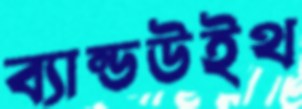
ব্যান্ডউইথ